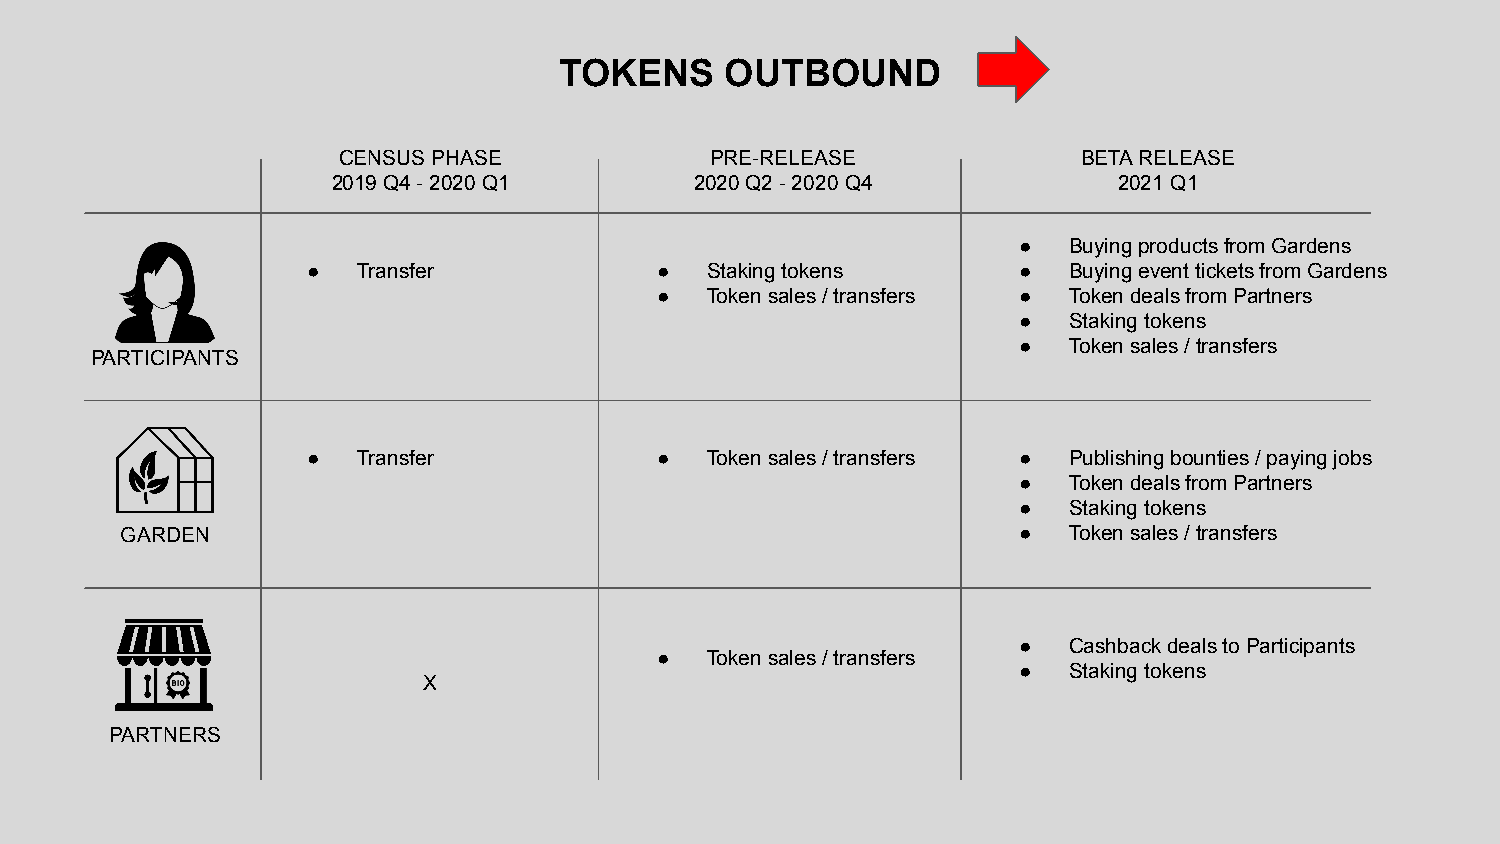
TOKENS     OUTBOUND
 CENSUS PHASE             PRE-RELEASE              BETA RELEASE
 2019 Q4 - 2020 Q1       2020 Q2 - 2020 Q4           2021 Q1
 ●   Buying products from Gardens
 ●   Transfer           ●   Staking tokens      ●   Buying event tickets from Gardens
 ●   Token sales / transfers ● Token deals from Partners
 ●   Staking tokens
 ●   Token sales / transfers
 PARTICIPANTS
 ●   Transfer           ●   Token sales / transfers ● Publishing bounties / paying jobs
 ●   Token deals from Partners
 ●   Staking tokens
 GARDEN                                                     ●   Token sales / transfers
 ●   Cashback deals to Participants
 ●   Token sales / transfers
 ●   Staking tokens
 X
 PARTNERS